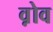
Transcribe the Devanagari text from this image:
व़ोव